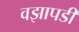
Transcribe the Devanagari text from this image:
वझापडी